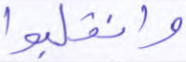
وانقلبوا